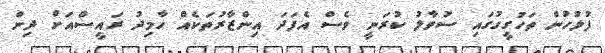
ފުލުހުން ތަހުގީގުގައި ސުވާލު ކުރަނީ ވެސް އެފަދަ އިންޒާރުތަކެއް ހާމިދު ރައީސްއަށް ދިން